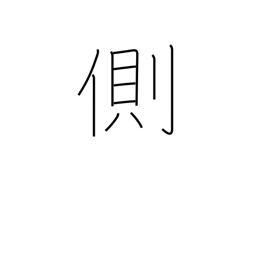
Meaning: oppose